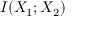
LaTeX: I ( X _ { 1 } ; X _ { 2 } )